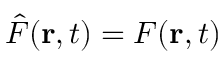
\hat { F } ( { \bf r } , t ) = F ( { \bf r } , t )